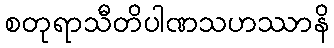
စတုရာသီတိပါဏသဟဿာနိ